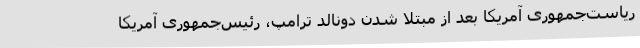
ریاست‌جمهوری آمریکا بعد از مبتلا شدن دونالد ترامپ، رئیس‌جمهوری آمریکا